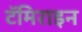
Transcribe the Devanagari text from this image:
टॅमिराइन